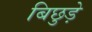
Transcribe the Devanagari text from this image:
बिछुड़े